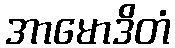
အာမောဒိတံ